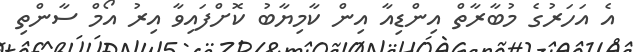
އެ އަހަރުގެ މުބާރާތް އިންޑިއާ އިން ކާމިޔާބު ކޮށްފައިވާ އިރު އޯމް ސާންތި